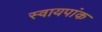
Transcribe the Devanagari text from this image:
स्वायपांक